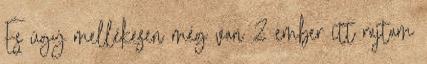
És úgy mellékesen még van 2 ember itt rajtam